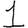
Digit: 1